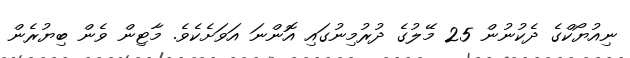
ނިއުޔޯކްގެ ދެކުނުން 25 މޭލުގެ ދުރުމިނުގައި އޮންނަ އަވަށެކެވެ. މާޓިން ވެން ބިޔުރެން